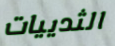
الثدييات